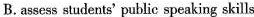
B.assess students' public speaking skills